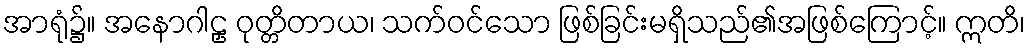
အာရုံ၌။ အနောဂါဠှ ဝုတ္တိတာယ၊ သက်ဝင်သော ဖြစ်ခြင်းမရှိသည်၏အဖြစ်ကြောင့်။ ဣတိ၊